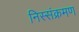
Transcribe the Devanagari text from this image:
निस्संक्रमण